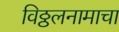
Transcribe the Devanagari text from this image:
विठ्ठलनामाचा